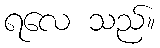
ရလေ သည်။